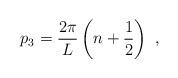
LaTeX: \begin{align*}p_3= \frac{2\pi}{L} \left(n +\frac{1}{2}\right) \ ,\end{align*}